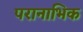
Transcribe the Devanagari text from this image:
परानाभिक